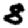
Digit: 8